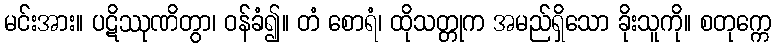
မင်းအား။ ပဋိဿုဏိတွာ၊ ဝန်ခံ၍။ တံ စောရံ၊ ထိုသတ္တုက အမည်ရှိသော ခိုးသူကို။ စတုက္ကေ